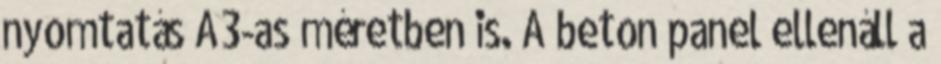
nyomtatás A3-as méretben is. A beton panel ellenáll a